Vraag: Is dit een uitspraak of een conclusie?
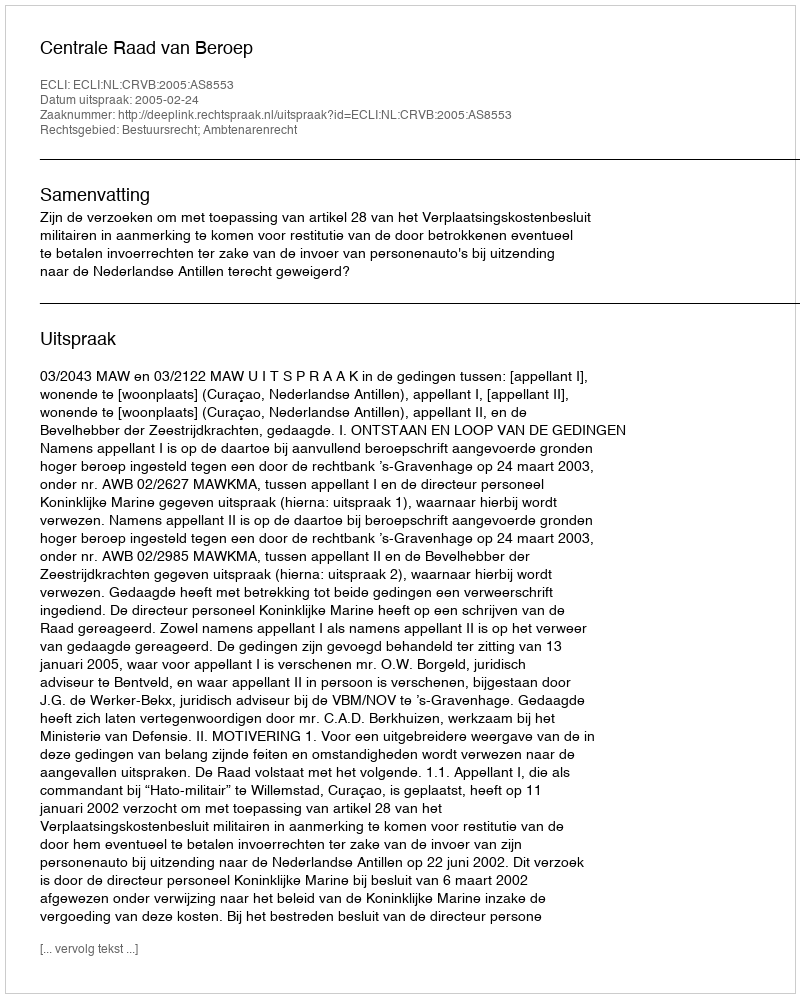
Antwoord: Uitspraak